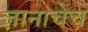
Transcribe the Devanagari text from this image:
ज्ञानाचेच